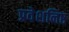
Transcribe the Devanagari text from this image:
प्रवेशनिष्ठ